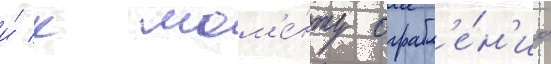
и́ к мом'е́нту ограбл'е́н'иа